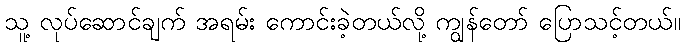
သူ့ လုပ်ဆောင်ချက် အရမ်း ကောင်းခဲ့တယ်လို့ ကျွန်တော် ပြောသင့်တယ်။